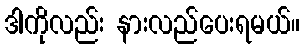
ဒါကိုလည်း နားလည်ပေးရမယ်။